Vital statistics of India. Vol. V, Reports of 1876 on armies & jails and on epidemic cholera
Year: 1876
Disease focus: Cholera
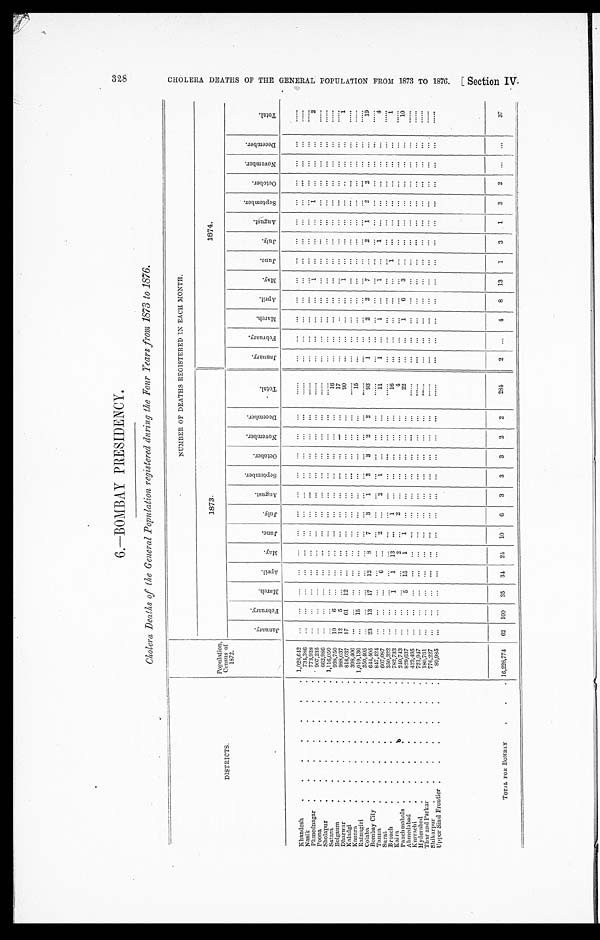
6—BOMBAY PRESIDENCY.
Cholera Deaths of the General Population registered during the Four Years from 1873 to 1876.
DISTRICTS.
Population,
Census of
1872.
NUMBER OF DEATHS REGISTERED IN EACH MONTH.
1 8 7 3 .
1874.
J a n u a r y .
F e b r u a r y .
M a r c h .
A p r i l .
M a y . J u n e .
J u l y .
A u g u s t .
S e p t e m b e r .
O c t o b e r . N o v e m b e r . D e c e m b e r .
T o t a l .
J a n u a r y .
F e b r u a r y .
M a r c h .
A p r i l .
M a y .
J u n e .
J u l y .
A u g u s t .
S e p t e m b e r .
O c t o b e r .
N o v e m b e r .
D e c e m b e r .
T o t a l .
Khandesh
1,028,642 N a s i k
7 3 4 , 3 8 6
Phmednagar
7 7 3 , 9 3 8 P o o n a
9 0 7 , 2 3 5
1
1
2
Sholapur
662,986
Satara
1,116,050
Belgaum
938,750 10 6
16
Dharwar
988,037 12 5
17
K a l a d g i
816,037 17 61 12
90
1
1
Kanara
3 9 8 , 4 0 6 R a t n a g i r i
1,019,136
15
15
C o l a b a
3 5 0 , 4 0 5
Bombay City
644,405 23 13 17 12 8 7 3 1 2 3 2 2
93
1
2 2
7
2 1 2
2
19
T a n n a
8 4 7 , 4 2 4
S u r a t
607,087
6
2
2 1
11
1
1
1
1
4
Broach
3 5 0 , 3 2 2
Kaira
782,733
1 1 13
1
16
1
1
P a n c h m a h a l s
240,743
2
2
4
Ahmedabad
829,637
5 15 1 1
22
1
6 3
10
K u r r a c h i
4 2 3 , 4 9 5 H y d e r a b a d
7 2 1 , 9 4 7 T h a r a n d P a r k a r
180,761
Shikarpur
7 7 6 , 2 2 7 U p p e r S i n d F r o n t i e r
89,985
TOTAL FOR BOMBAY 16,228,774 62 100 35 34 24 10 6 3 3 3 2 2
2 8 4
2
4 8 13 1 3 1 3 2
37